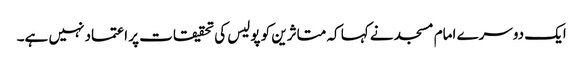
ایک دوسرے امام مسجد نے کہا کہ متاثرین کو پولیس کی تحقیقات پر اعتماد نہیں ہے۔